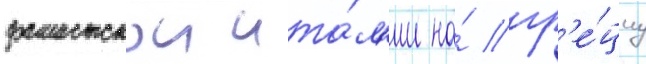
фашистскои ита́л'ии на́ гр'е́циу